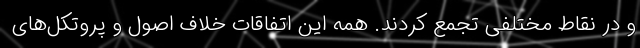
و در نقاط مختلفی تجمع کردند. همه این اتفاقات خلاف اصول و پروتکل‌های